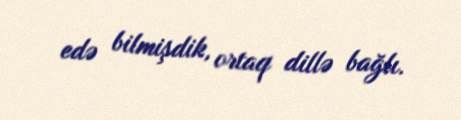
edə bilmişdik, ortaq dillə bağlı.